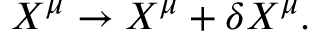
X ^ { \mu } \rightarrow X ^ { \mu } + \delta X ^ { \mu } .